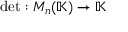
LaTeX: \operatorname* { d e t } : M _ { n } ( \mathbb { K } ) \rightarrow \mathbb { K }